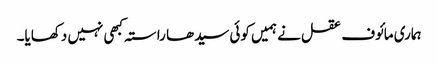
ہماری مائوف عقل نے ہمیں کوئی سیدھا راستہ کبھی نہیں دکھایا۔